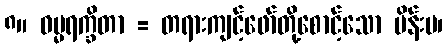
၈။ ဓမ္မရက္ခိတာ = တရားကျင့်ဖော်တို့စောင့်သော မိန်းမ၊